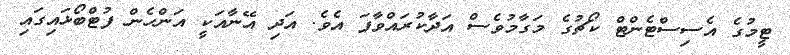
ޓީމުގެ އެސިސްޓެންޓް ކޯޗުގެ މަގާމުވެސް އަދާކުރައްވާފަ އެވެ. އަދި އޭނާއަކީ އަންހެން ފުޓްބޯޅައިގައި